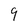
Character: 9